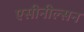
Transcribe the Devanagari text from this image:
एसीनील्सन